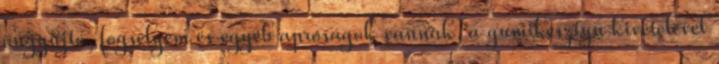
öngyújtó, fogselyem és egyéb apróságok vannak, a gumikesztyű kivételével